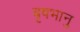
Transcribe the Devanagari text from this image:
बृषभानु